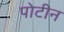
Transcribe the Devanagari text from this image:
पोटीन